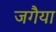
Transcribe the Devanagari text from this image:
जगैया